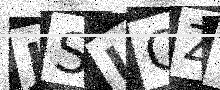
Text: JSLOZF